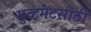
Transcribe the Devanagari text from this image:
मुव्हमेंटसाठी